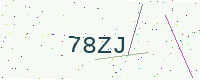
Text: 78ZJ